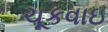
ચૂકવાઇ